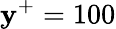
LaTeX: \mathbf{y}^{+}=100